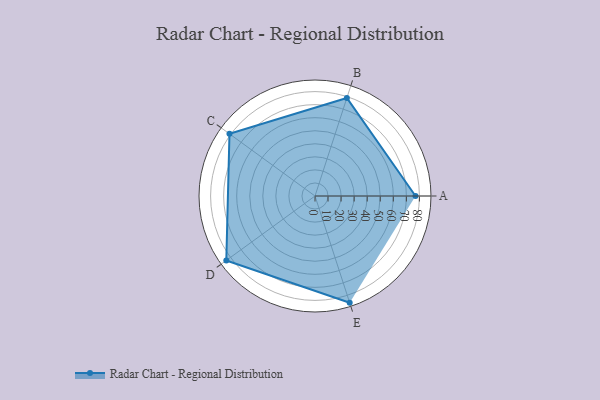
{"axis": {"x": "Skill", "y": "Score"}, "legend": ["Profile"], "data": [{"x": "A", "y": 77.0, "type": "Profile"}, {"x": "B", "y": 79.0, "type": "Profile"}, {"x": "C", "y": 81.0, "type": "Profile"}, {"x": "D", "y": 84.0, "type": "Profile"}, {"x": "E", "y": 86.0, "type": "Profile"}]}